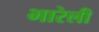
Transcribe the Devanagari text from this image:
भारेली